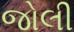
જોલી